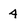
Character: 4